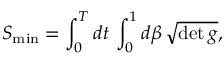
S _ { \mathrm { m i n } } = \int _ { 0 } ^ { T } d t \, \int _ { 0 } ^ { 1 } d \beta \, \sqrt { \operatorname * { d e t } g } ,